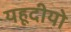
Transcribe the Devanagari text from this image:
यहूदीयो